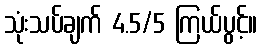
သုံးသပ်ချက် 4.5/5 ကြယ်ပွင့်။